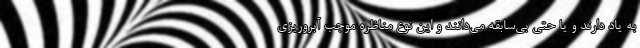
به یاد دارند و یا حتی بی‌سابقه می‌دانند و این نوع مناظره موجب آبروریزی